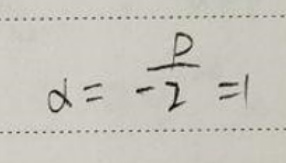
$d = - \frac{D}{2} = 1$